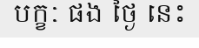
បក្ខៈ ផង ថ្ងៃ នេះ